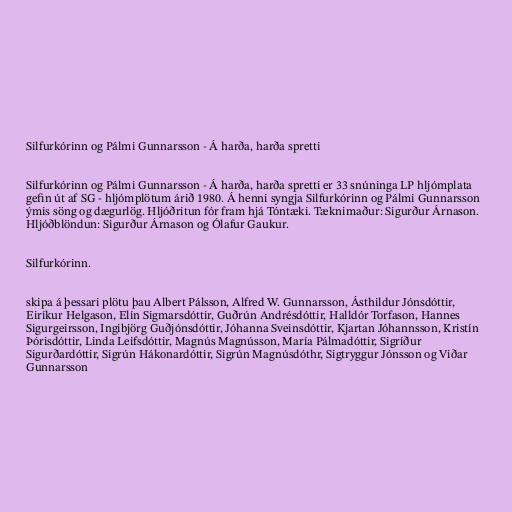
Silfurkórinn og Pálmi Gunnarsson - Á harða, harða spretti

Silfurkórinn og Pálmi Gunnarsson - Á harða, harða spretti er 33 snúninga LP hljómplata
gefin út af SG - hljómplötum árið 1980. Á henni syngja Silfurkórinn og Pálmi Gunnarsson
ýmis söng og dægurlög. Hljóðritun fór fram hjá Tóntæki. Tæknimaður: Sigurður Árnason.
Hljóðblöndun: Sigurður Árnason og Ólafur Gaukur.

Silfurkórinn.

skipa á þessari plötu þau Albert Pálsson, Alfred W. Gunnarsson, Ásthildur Jónsdóttir,
Eiríkur Helgason, Elín Sigmarsdóttir, Guðrún Andrésdóttir, Halldór Torfason, Hannes
Sigurgeirsson, Ingibjörg Guðjónsdóttir, Jóhanna Sveinsdóttir, Kjartan Jóhannsson, Kristín
Þórisdóttir, Linda Leifsdóttir, Magnús Magnússon, María Pálmadóttir, Sigríður
Sigurðardóttir, Sigrún Hákonardóttir, Sigrún Magnúsdóthr, Sigtryggur Jónsson og Viðar
Gunnarsson